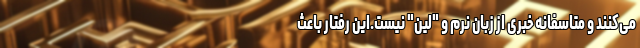
می‌کنند و متاسفانه خبری از زبان نرم و "لَیِن" نیست.این رفتار باعث